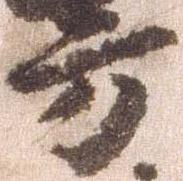
方